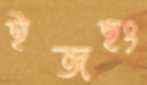
ইজহং